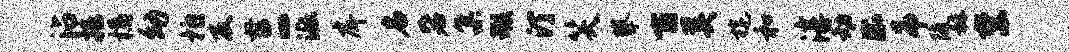
沾挹橘幼拍反毋二派戽名毖集瑕汀笑攀百奚旄和淳动乐吊随赫禁